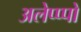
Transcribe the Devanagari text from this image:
अलेप्प्पो